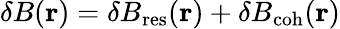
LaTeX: {\mathbf\delta B}({\mathbf r})={\mathbf\delta B}_{\mathrm{res}}({\mathbf r})+{\mathbf\delta B}_{\mathrm{coh}}({\mathbf r})